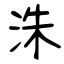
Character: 洙